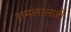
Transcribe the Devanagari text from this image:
रामलालजी